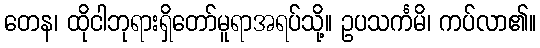
တေန၊ ထိုငါဘုရားရှိတော်မူရာအရပ်သို့။ ဥပသင်္ကမိ၊ ကပ်လာ၏။